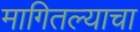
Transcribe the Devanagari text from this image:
मागितल्याचा